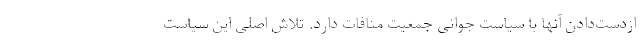
ازدست‌دادن آنها با سیاست جوانی جمعیت منافات دارد. تلاش اصلی این سیاست